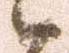
候